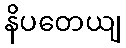
နိပတေယျ